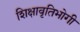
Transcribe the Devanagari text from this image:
शिक्षावृतिभोगी